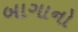
બાગાનો